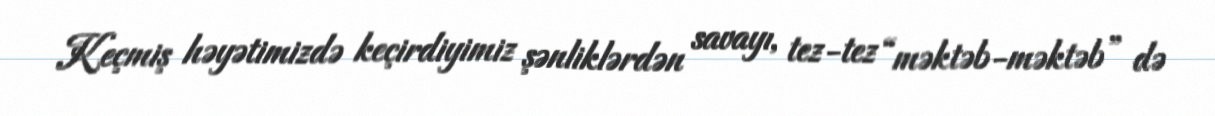
Keçmiş həyətimizdə keçirdiyimiz şənliklərdən savayı, tez-tez “məktəb-məktəb” də